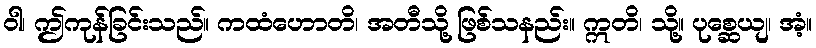
ဝါ၊ ဤကုန်ခြင်းသည်။ ကထံဟောတိ၊ အတီသို့ ဖြစ်သနည်း။ ဣတိ၊ သို့။ ပုစ္ဆေယျ၊ အံ့။